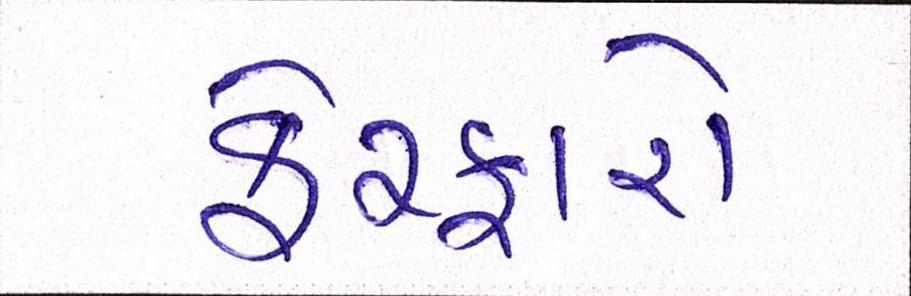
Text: ફેરફારો